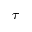
\tau